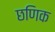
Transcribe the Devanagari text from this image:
छणिक